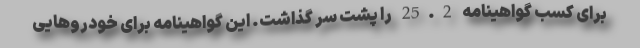
برای کسب گواهینامه 25.2 را پشت سر گذاشت. این گواهینامه برای خودروهایی